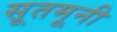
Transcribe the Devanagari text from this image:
सूतमूनी